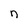
Character: n